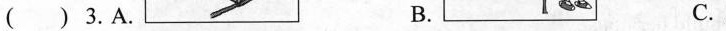
( ) 3. A. B. C.